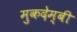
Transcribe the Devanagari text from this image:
मुकदेम्बी